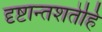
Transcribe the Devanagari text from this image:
दृष्टान्तशतेहि